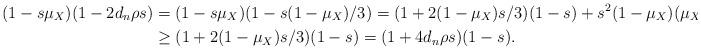
LaTeX: \begin{align*} (1-s\mu_X)(1-2d_n\rho s) &= (1-s \mu_X)(1-s(1-\mu_X)/3) = (1+2(1-\mu_X)s/3)(1-s) + s^2(1-\mu_X)(\mu_X+2)/3 \\ &\ge (1+2(1-\mu_X)s/3)(1-s) = (1+4d_n\rho s)(1-s).\end{align*}